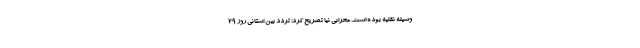
وسیله نقلیه بوده است. محرابی نیا تصریح کرد: تردد بین استانی روز ۲۹